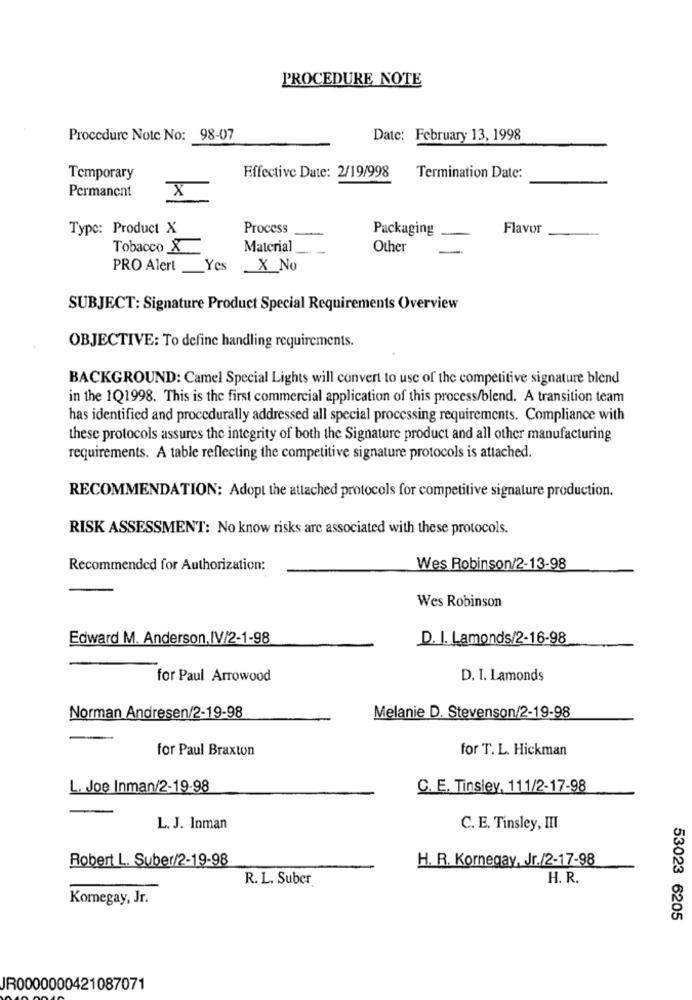
PROCEDURE NOTE
Procedure Note No: 98-07
Date: February 13, 1998
Temporary
Effective Date: 2/19/998
Termination Date:
Permanent
X
Type: Product X
Process
Packaging
Flavor
Tobacco X
Material
Other
PRO Alert Yes
X No
SUBJECT: Signature Product Special Requirements Overview
OBJECTIVE: To define handling requirements.
BACKGROUND: Camel Special Lights will convert to use of the competitive signature blend
in the 1Q1998. This is the first commercial application of this process/blend. A transition team
has identified and procedurally addressed all special processing requirements. Compliance with
these protocols assures the integrity of both the Signature product and all other manufacturing
requirements. A table reflecting the competitive signature protocols is attached.
RECOMMENDATION: Adopt the attached protocols for competitive signature production.
RISK ASSESSMENT: No know risks are associated with these protocols.
Recommended for Authorization:
Wes Robinson/2-13-98
Wes Robinson
Edward M. Anderson, IV/2-1-98
D. I. Lamonds/2-16-98
for Paul Arrowood
D. I. Lamonds
Norman Andresen/2-19-98
Melanie D. Stevenson/2-19-98
for Paul Braxton
for T. L. Hickman
L. Joe Inman/2-19-98
C. E. Tinsley, 111/2-17-98
L. J. Inman
C. E. Tinsley, III
Robert L. Suber/2-19-98
H. R. Kornegay, Jr./2-17-98
R. L. Suber
H. R.
Komegay, Jr.
53023 6205
JR0000000421087071